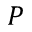
P